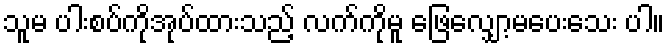
သူမ ပါးစပ်ကိုအုပ်ထားသည့် လက်ကိုမူ ဖြေလျှော့မပေးသေး ပါ။